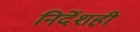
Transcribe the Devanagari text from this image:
निर्देशही